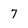
Character: 7